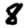
Digit: 8